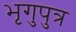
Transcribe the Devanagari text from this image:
भृगुपुत्र